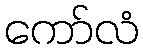
ကော်လံ